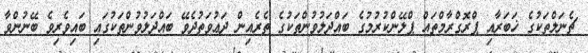
ޗެނަލްތަކުގެ ޚަބަރާއި ޕްރޮގްރާމްތައް ޕްލޭންކުރުމުގެ ބައްދަލުވުންތަކުގެ ތެރެއިން ދަޢުވަތުދެވޭ ބައްދަލުވުންތަކުގައި ބައިވެރިވެ ބޭނުންވާ